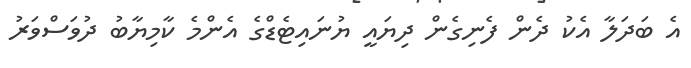
އެ ބަދަލާ އެކު ދެން ފެނިގެން ދިޔައީ ޔުނައިޓެޑްގެ އެންމެ ކާމިޔާބު ދުވަސްވަރު